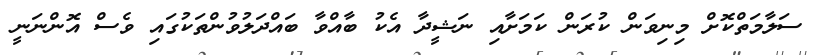
ސަލާމަތްކޮށް މިނިވަން ކުރަން ކަމަށާއި ނަޝީދާ އެކު ބާއްވާ ބައްދަލުވުންތަކުގައި ވެސް އޮންނަނީ